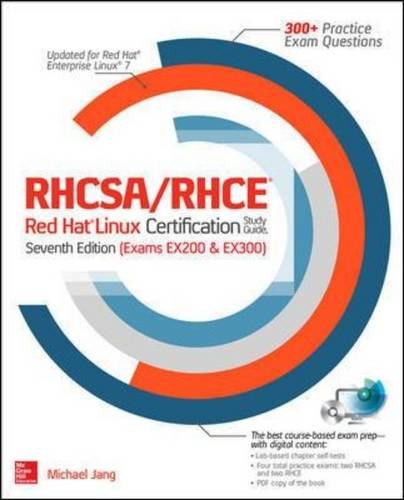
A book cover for RHCSA/RHCE Red Hat Linux Certification Study Guide, Seventh Edition (Exams EX200 & EX300); Michael Jang; Computers & Technology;